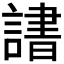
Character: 𬣄